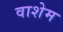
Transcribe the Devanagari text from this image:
वाशेम